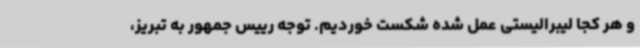
و هر کجا لیبرالیستی عمل شده شکست خوردیم. توجه رییس جمهور به تبریز،